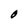
Character: 0